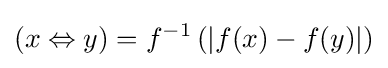
(x\Leftrightarrow y)=f^{-1}\left(\left|f(x)-f(y)\right|\right)